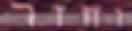
וחזר